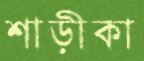
শাড়ীকা